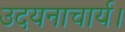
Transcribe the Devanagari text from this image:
उदयनाचार्य।